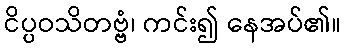
ငိပ္ပဝသိတဗ္ဗံ၊ ကင်း၍ နေအပ်၏။